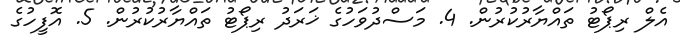
އެލް ރިޕޯޓު ތައްޔާރުކުރުން. 4. މަސްދުވަހުގެ ޚަރަދު ރިޕޯޓު ތައްޔާރުކުރުން. 5. އޮފީހުގެ